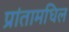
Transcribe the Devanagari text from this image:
प्रांतामधिल